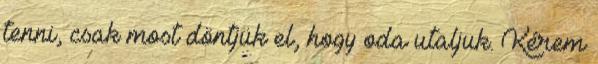
tenni, csak most döntjük el, hogy oda utaljuk. Kérem